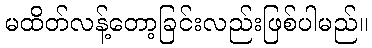
မထိတ်လန့်တော့ခြင်းလည်းဖြစ်ပါမည်။